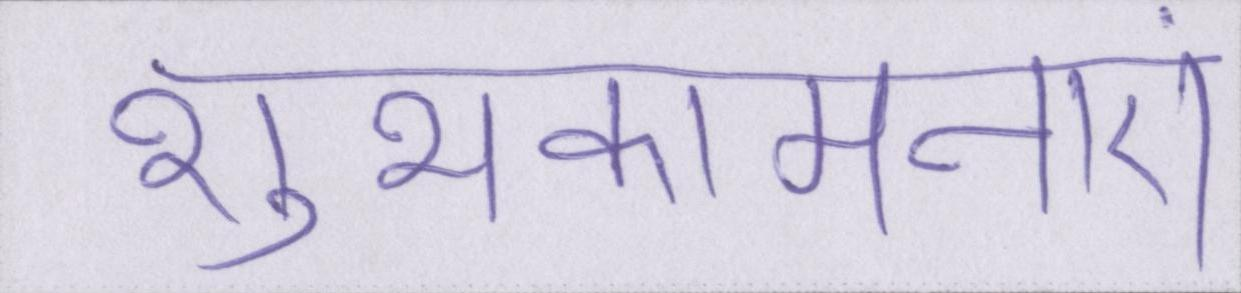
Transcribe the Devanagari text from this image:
शुभकामनाएं